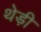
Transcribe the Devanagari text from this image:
थेड़ी